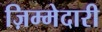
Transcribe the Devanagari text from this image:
ज़िम्मेदारी